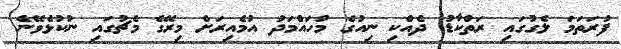
ފުރަތަމަ ލެގުގައި ރަތްކާޑު ދެއްކި ނިއުގެ މުހައްމަދު އުމެއިރަށް މިރޭގެ މެޗުގައި ނުކުޅެވޭނެ